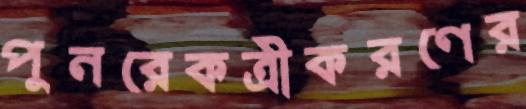
পুনরেকত্রীকরণের